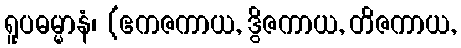
ရူပဓမ္မာနံ၊ (ဧကဇကာယ, ဒွိဇကာယ, တိဇကာယ,